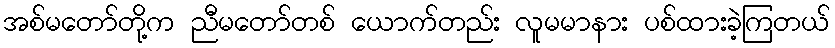
အစ်မတော်တို့က ညီမတော်တစ် ယောက်တည်း လူမမာနား ပစ်ထားခဲ့ကြတယ်